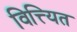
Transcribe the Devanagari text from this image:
वित्त्यित